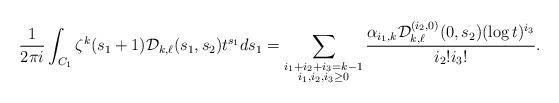
LaTeX: \begin{align*} \frac{1}{2 \pi i} \int_{C_1} \zeta^k(s_1+1) \mathcal{D}_{k,\ell}(s_1,s_2) t^{s_1} ds_1 = \sum_{\substack{i_1+i_2 +i_3 = k-1 \\ i_1,i_2,i_3 \ge 0}} \frac{\alpha_{i_1,k} \mathcal{D}_{k,\ell}^{(i_2,0)}(0,s_2) (\log t)^{i_3}}{i_{2}! i_{3}!}. \end{align*}